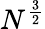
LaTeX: N^{\frac{3}{2}}